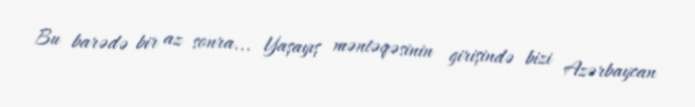
Bu barədə bir az sonra... Yaşayış məntəqəsinin girişində bizi Azərbaycan